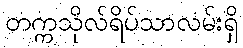
တက္ကသိုလ်ရိပ်သာလမ်းရှိ